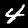
Digit: 4